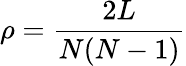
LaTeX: \rho=\frac{2L}{N(N-1)}